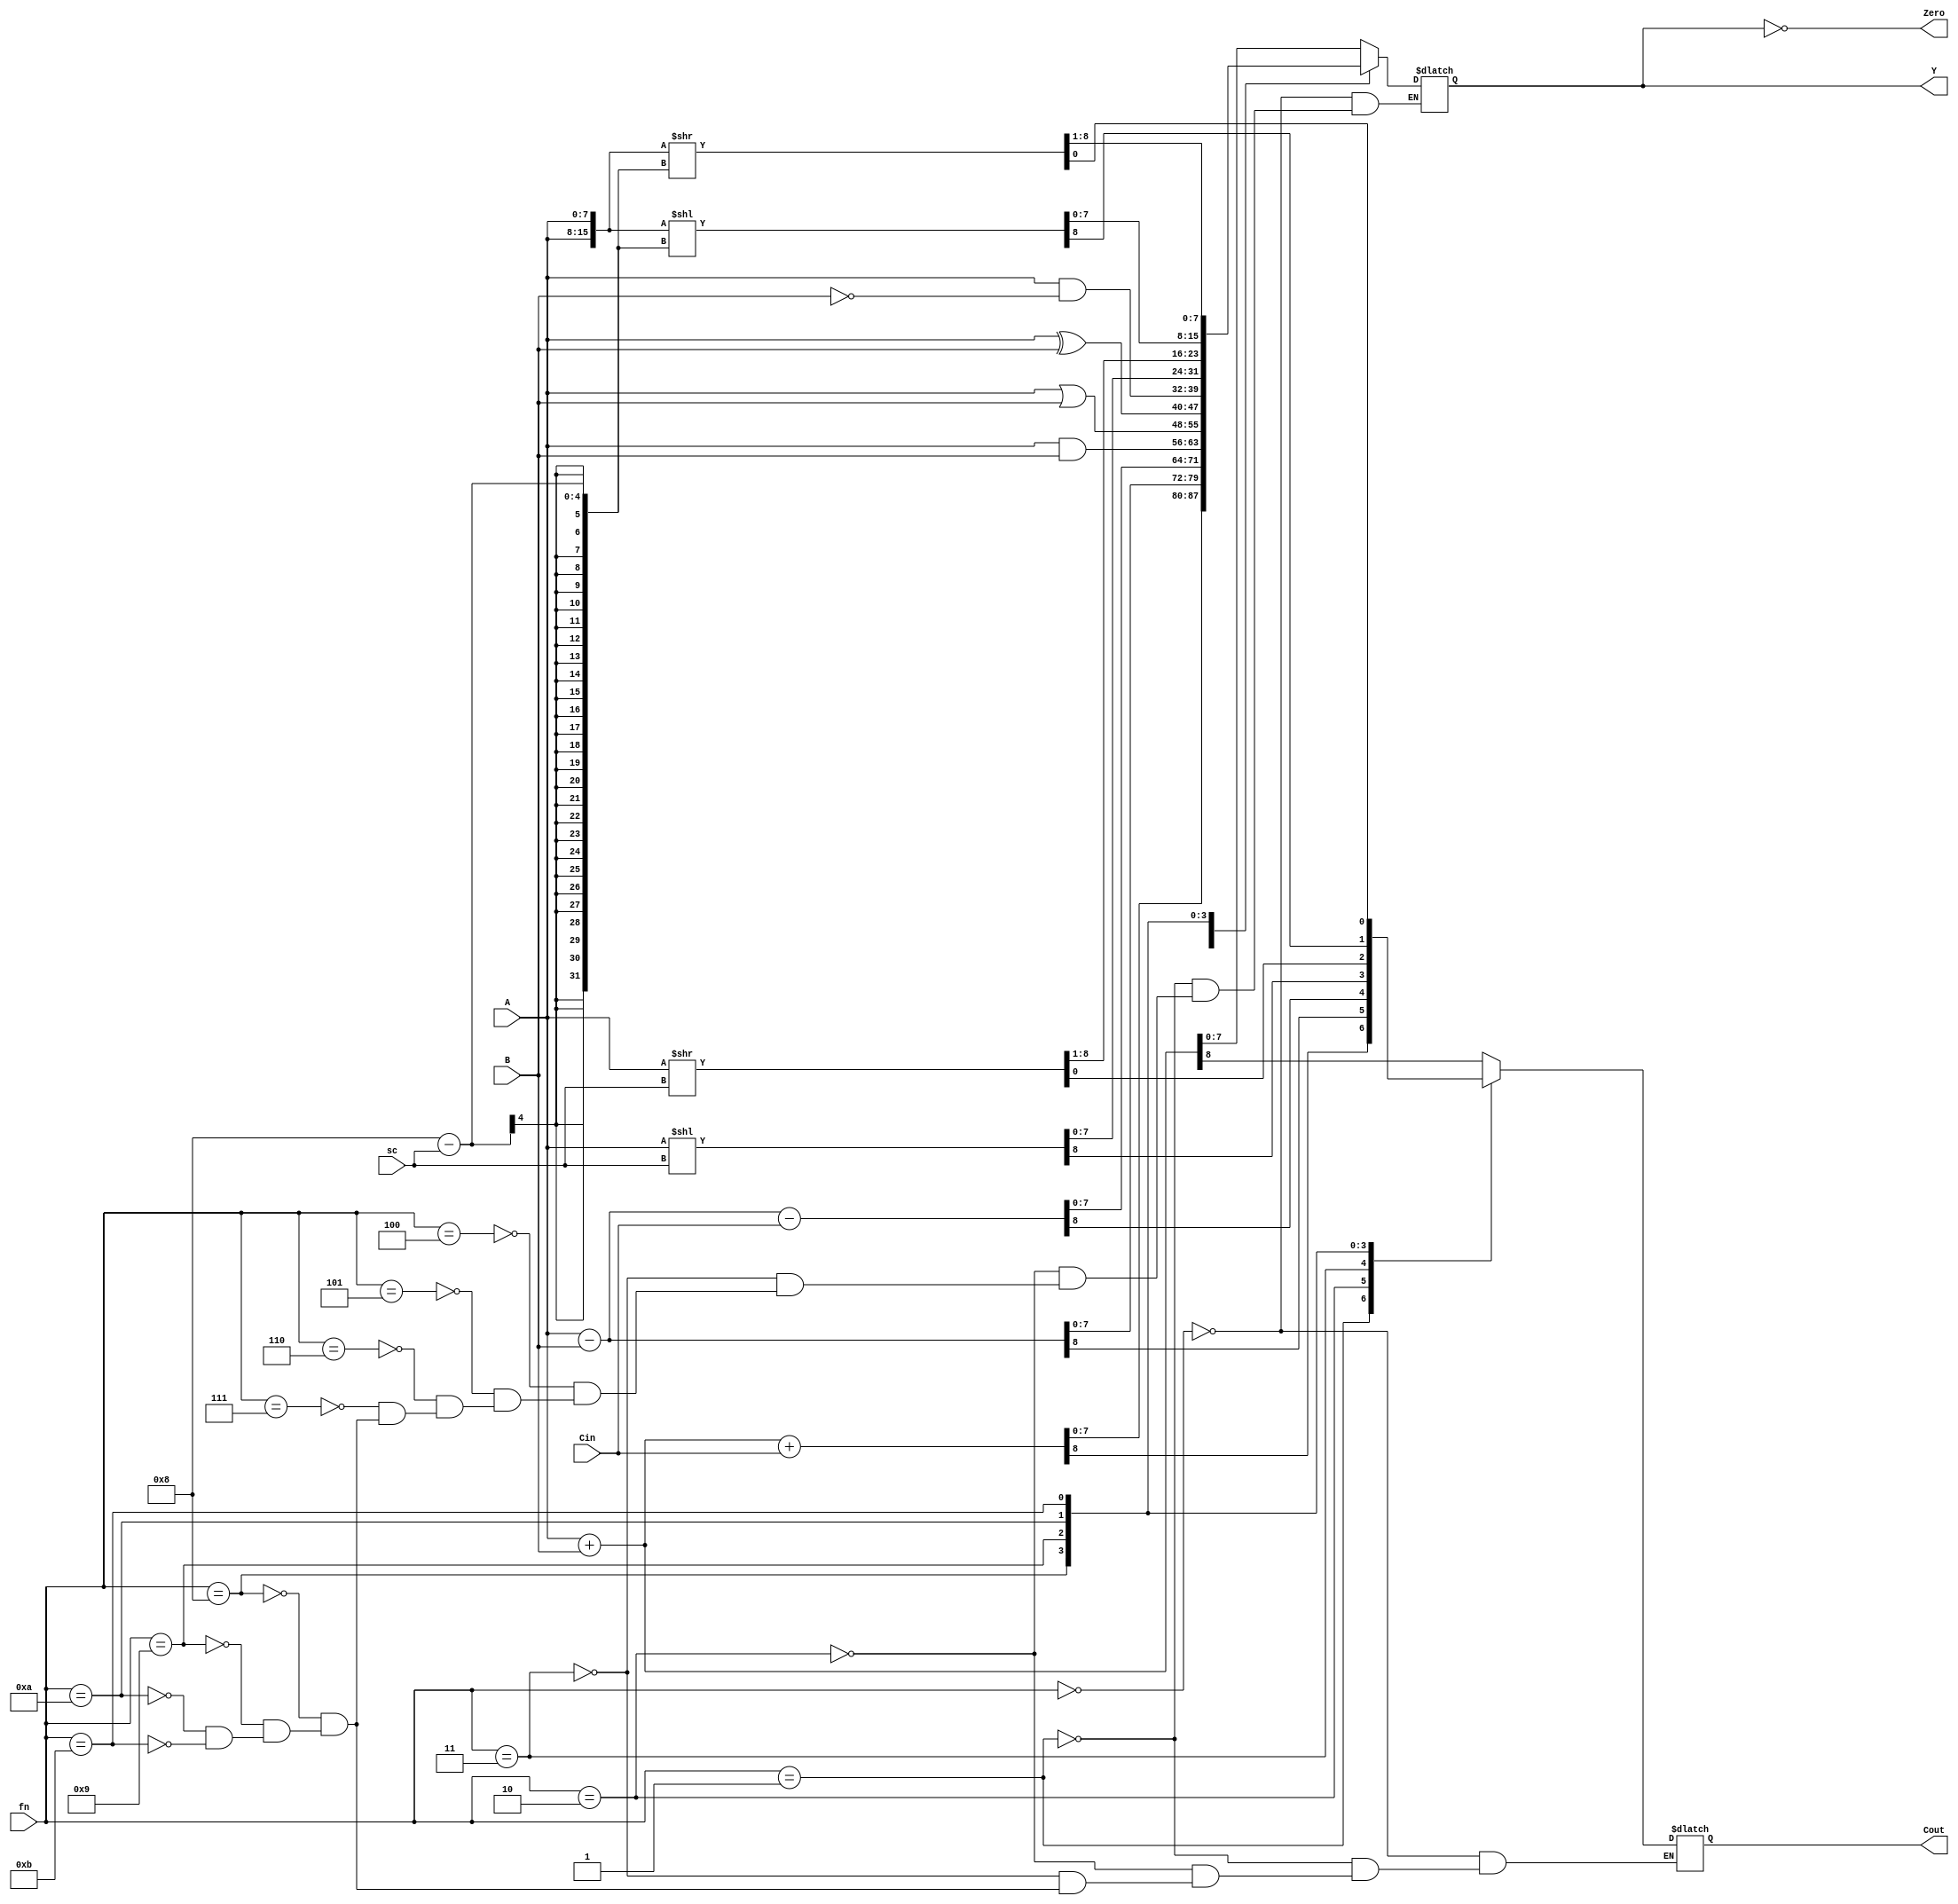
module ALU(A, B, fn, sc, Cin, Y, Zero, Cout);

  input[7:0] A, B;
  input[3:0] fn;
  input[2:0] sc;
  input Cin;
  output reg[7:0] Y;
  output reg Cout;
  output reg Zero;


  parameter [3:0] ADD = 4'b0000, ADDC = 4'b0001, SUB = 4'b0010, SUBC = 4'b0011, AND = 4'b0100, OR = 4'b0101,
  XOR = 4'b0110, MASK = 4'b0111, SHL = 4'b1000, SHR = 4'b1001, ROL = 4'b1010, ROR = 4'b1011;
  always @ ( A, B, fn, sc ) begin
    Zero = (Y==0);
    case(fn)
    ADD: {Cout, Y} <= A + B;
    ADDC: {Cout, Y} <= A + B + Cin;
    SUB: {Cout, Y} <= A - B;
    SUBC: {Cout, Y} <= A - B - Cin;
    AND: Y <= A & B;
    OR: Y <= A | B;
    XOR: Y <= A ^ B;
    MASK: Y <= A & (~B);
    SHL: {Cout, Y} <= A << sc;
    SHR: {Y, Cout} <= A >> sc;
    ROL: {Cout, Y} <= {A, A} << (8 - sc);
    ROR: {Y, Cout} <= {A, A} >> (8 - sc);
    default: begin Y <= Y; Zero <= Zero; Cout <= Cout; end
    endcase
  end
endmodule